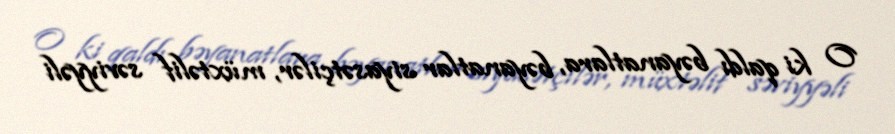
O ki qaldı bəyanatlara, bəyanatlar siyasətçilər, müxtəlif səviyyəli